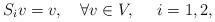
LaTeX: \begin{align*}S_iv=v,\ \ \ \forall v\in V,\ \ \ \ i=1,2,\end{align*}